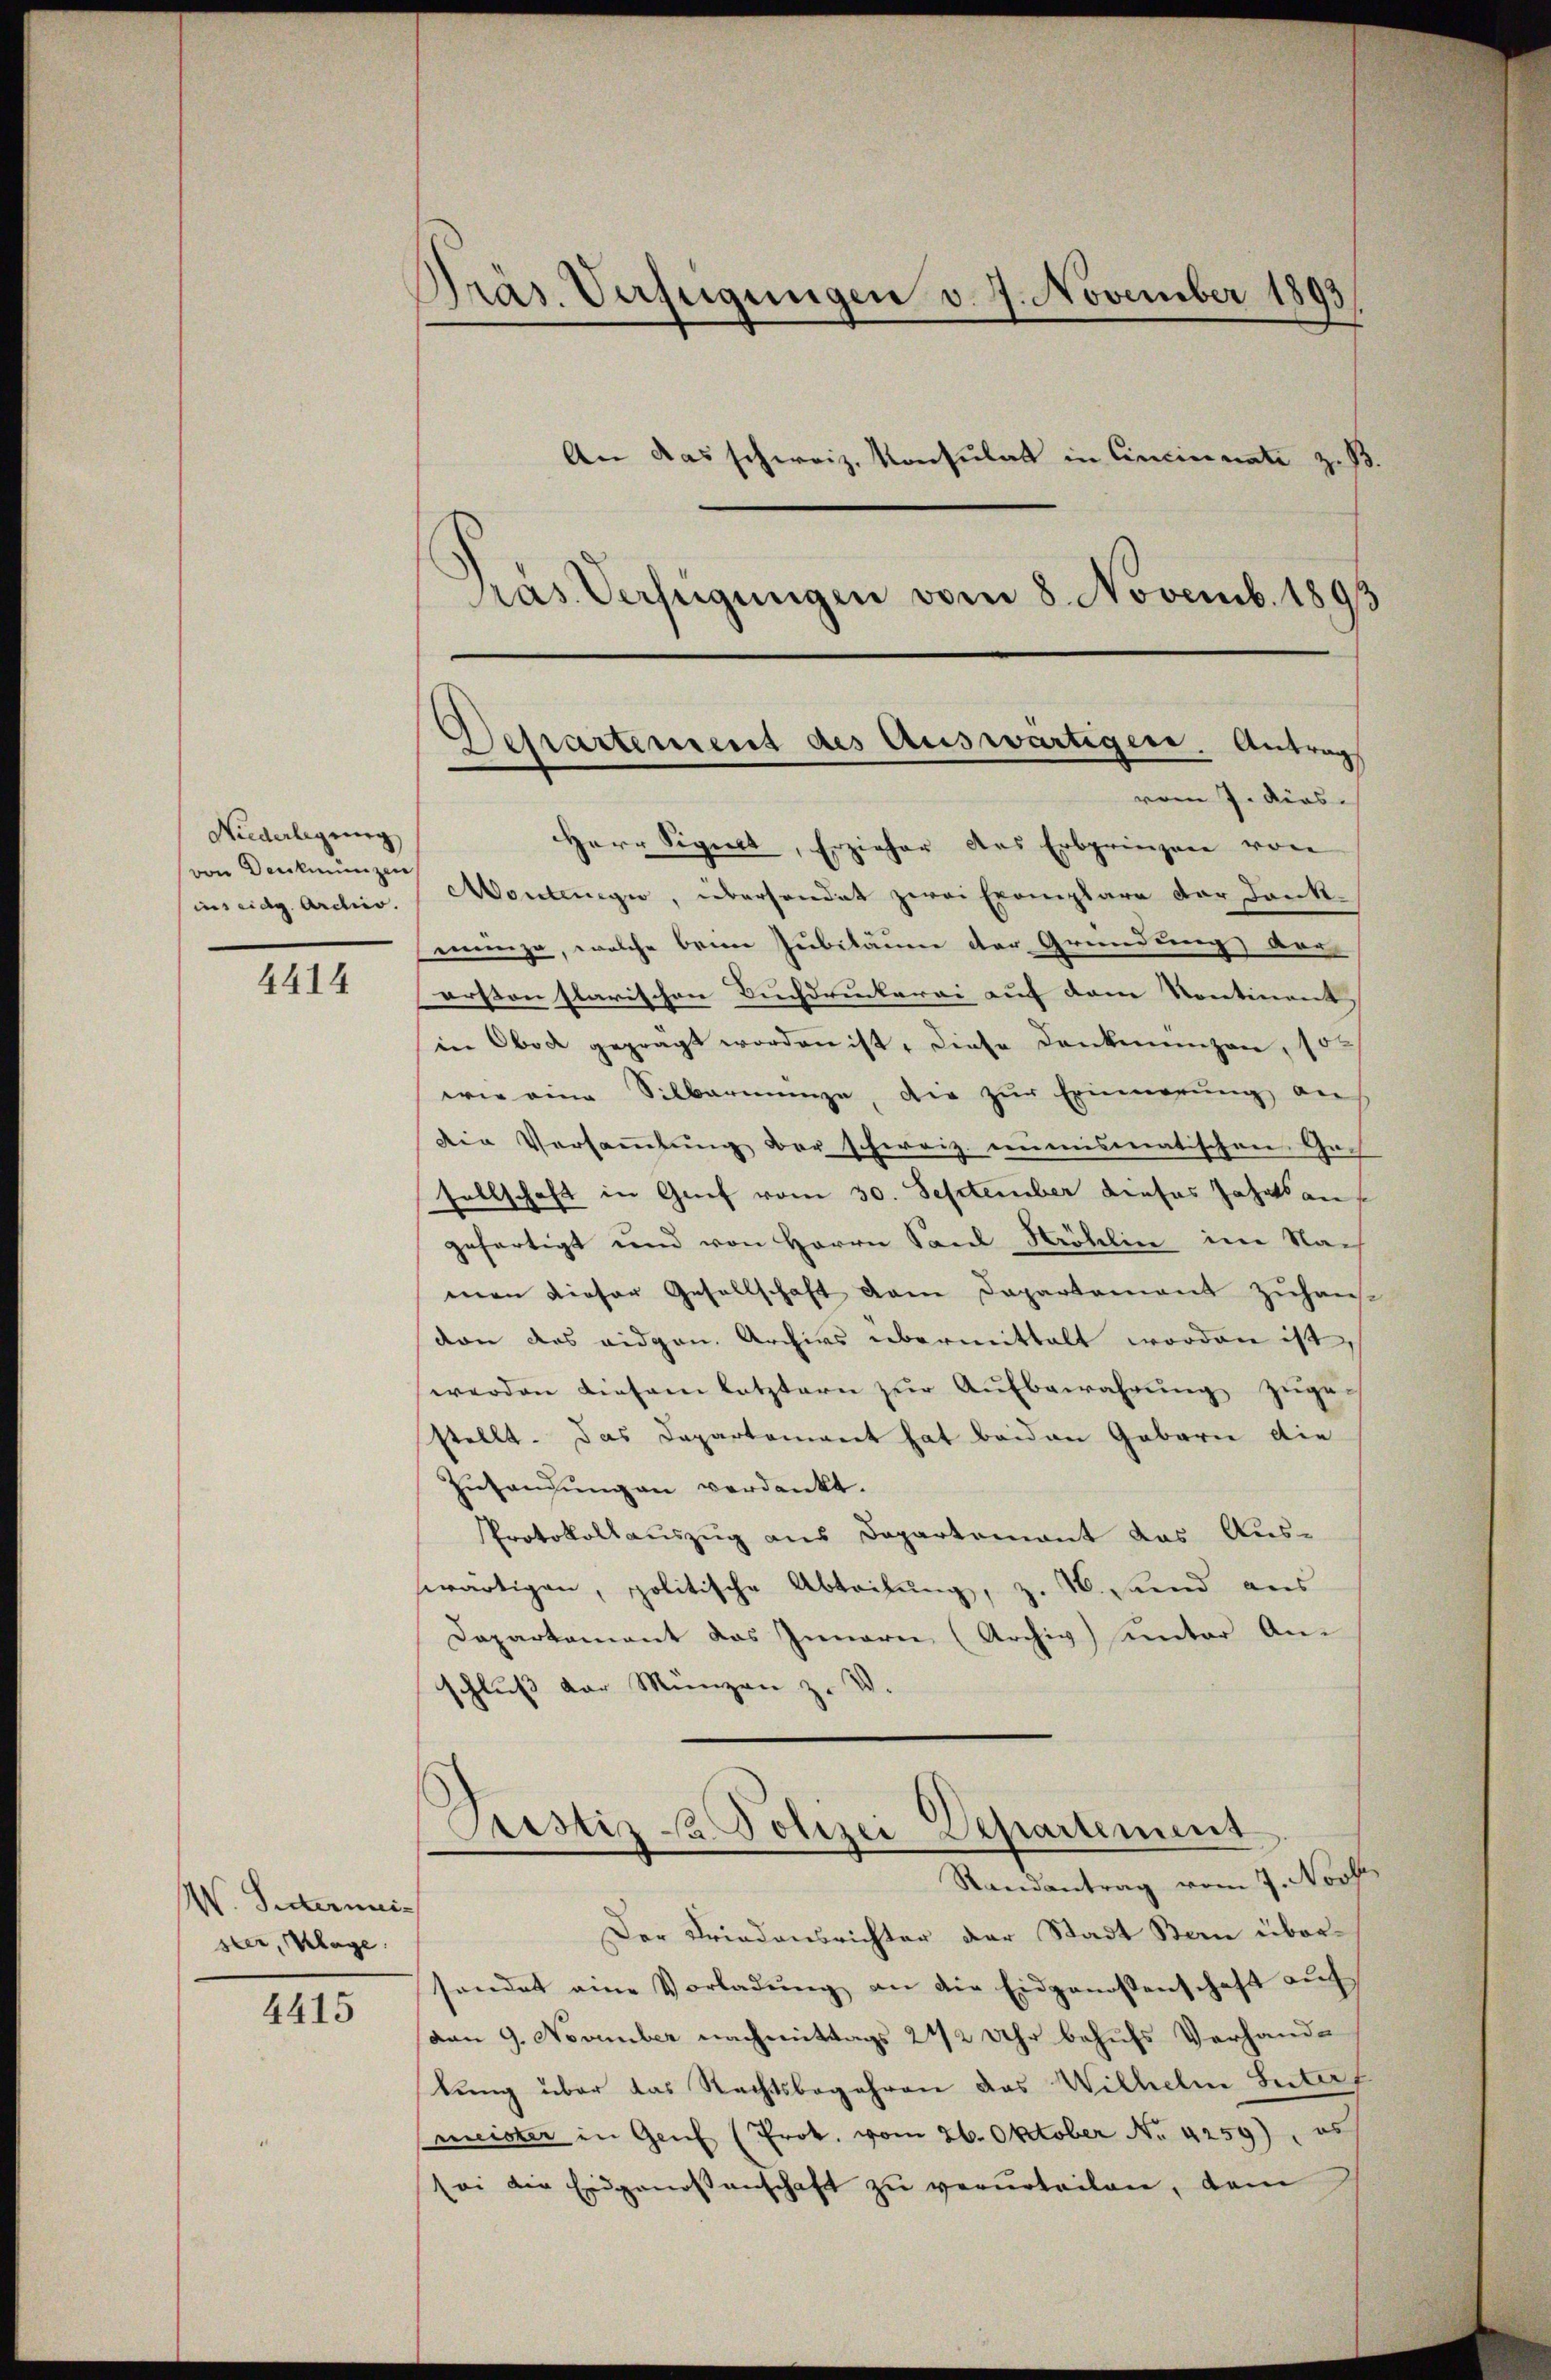
Niederlegung
von Denkmünzen
ins eidg. Arcier.

4414

W. Sectermeister, lage

4415

Präs. Verfügungen v. 7. November 1893
An das schweiz. Konsulat in Cincinnate z. B.
ras Verfügungen vom 8. Novemb. 1893

Departement des Auswärtigen. Antrag

vom 7. dies
Herr Sigilt, Erzieher des Erbprinzen von
Montinge, überhandet zwei Exemplare der Dank.
werenza, welche beim Jubiläum der Gründung vor
ersten flarischen Buchdruckerei auf dem Kontiment,
in Obod gegragt worden ist, diese Denkmünzen, 15
wie eine Silbarmenge, die zur Erinnerung auf
den Versaṁlŭng der schweiz. inmismatischen Ge-
sellschaft in Grief vom 30. September dieses Jahr an
gefertigt und von Herrn Sand Kröhlin im Nach
man dieser Gesellschaft dem Departement zuhan
don das eidgen. Archivs übermittelt worden ist,
werden diesem letztern zur Aufbewahrung zugestellt. Das Departement hat beiden Gaberne die
Instandung an verdankt.
Protokollauszug aus Departenant das Auswärtigen, politische Abteilung, z. B. und aus
Departement das Innern (Archiv unter An-
schluß der Münzen z. V.
Pustiz - Polizei Departement
Randantrag vom 7. Novbr.
Der Friedensrichter der Stadt San übersendet eine Vorladŭng an die Eidgenossenschaft aŭf
(von 9. November nachmittags 242 Uhr behufs Verhandtung über das Rechtsbegehren das Wilhelm Seiter
meister in Genf (Prok. vom 26. Oktober No. 4259), es
sei die Eidgenossenschaft zŭ verurteilen, dem